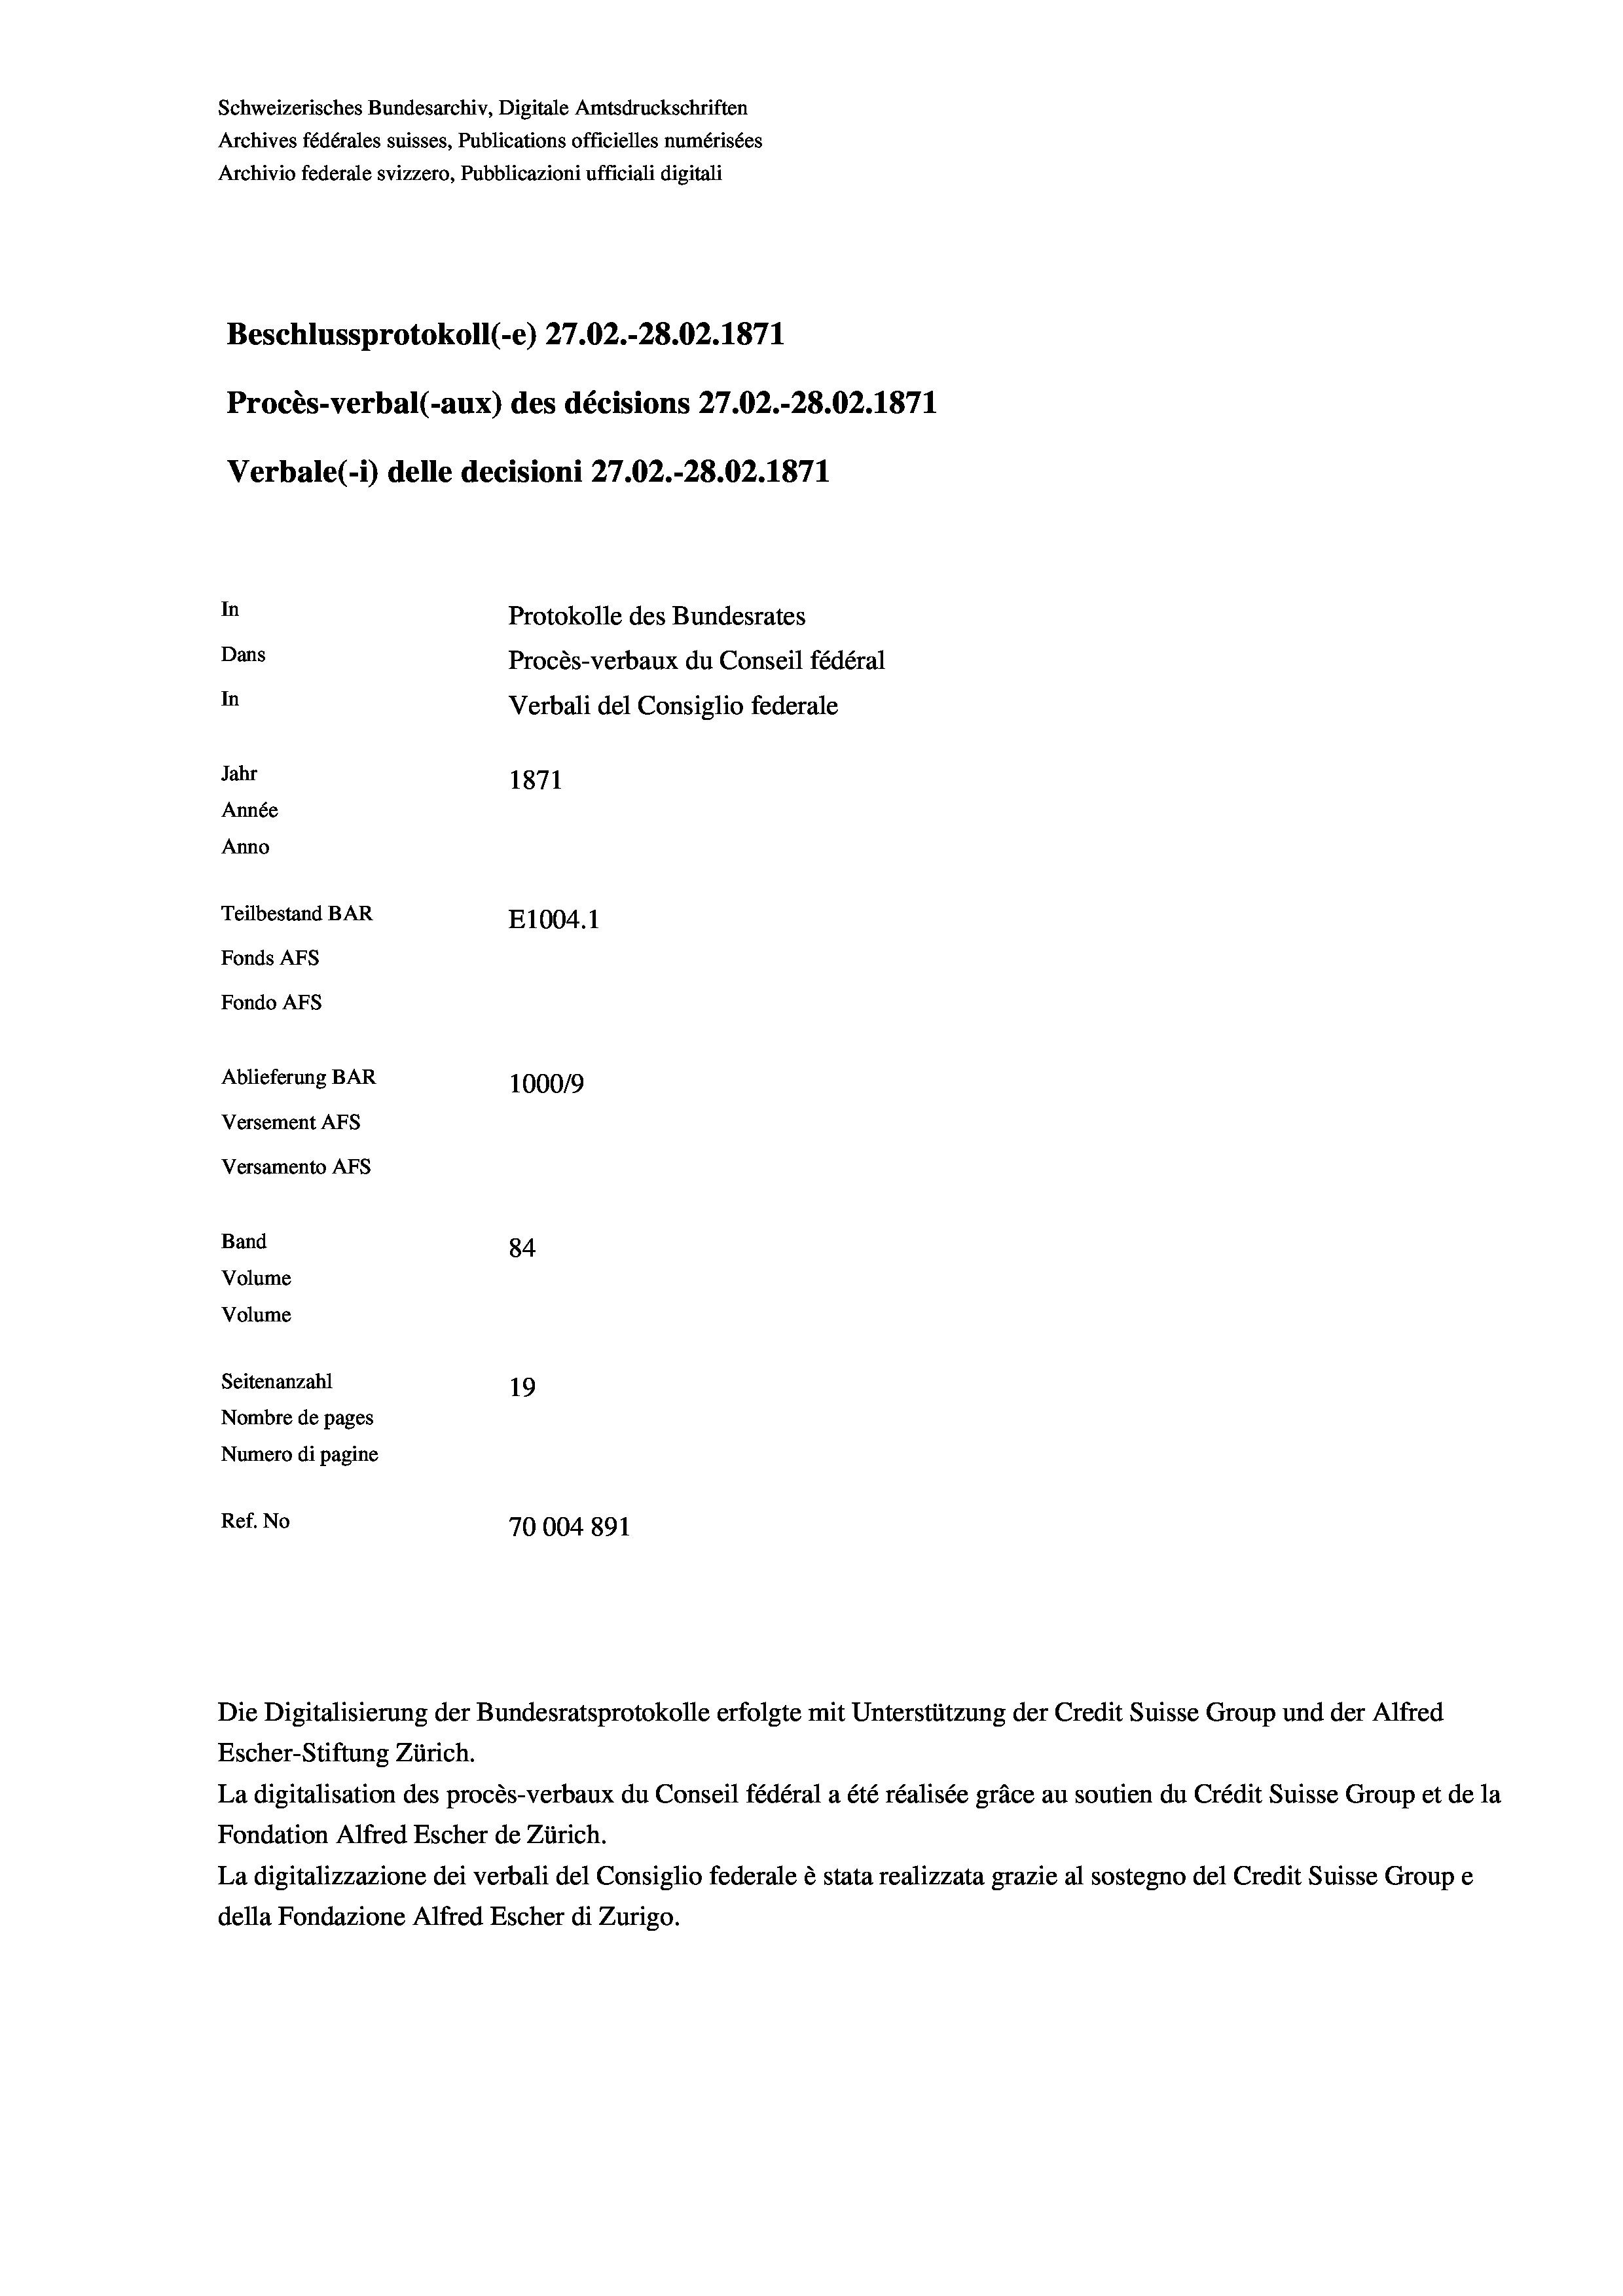
Schweizerisches Bundesarchiv, Digitale Amtsdruckschriften
Archives fédérales suisses, Publications officielles numérisées
Archivio federale svizzero, Pubblicazioni ufficiali digitali
Beschlussprotokoll (-e) 27.02.-28.02. 1871
Procès-verbal (-aux) des décisions 27.02.-28.02. 1871
Verbale (1) delle decisioni 27.02.-28.02. 1871
In
Protokolle des Bundesrates
Dans
Procès-verbaux du Conseil fédéral
In
Verbali del Consiglio federale
Jahr
1871
Année
Anno
Teilbestand BAR
E1004. 1
Fonds AFs
Fondo Afs
Ablieferung BAR
100019
Versement AFs
Versamento AFs
Band
84
Volume
Volume

Seitenanzahl
19
Nombre de pages
Numero di pagine
Ref. No
70004891

Escher-Stiftung Zürich.
La digitalisation des procès-verbaux du Conseil fédéral a été réalisée gräce au soutien du Crédit Suisse Group et de la
Fondation Alfred Escher de Zürich.
La digitalizzazione dei verbali del Consiglio federale è stata realizzata grazie al sostegno del Credit Suisse Groupe
della Fondazione Alfred Escher di Zurigo.

Die Digitalisierung der Bundesratsprotokolle erfolgte mit Unterstützung der Credit Suisse Group und der Alfred